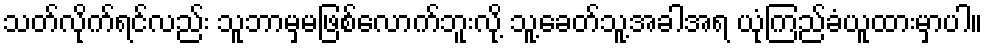
သတ်လိုက်ရင်လည်း သူဘာမှမဖြစ်လောက်ဘူးလို့ သူ့ခေတ်သူ့အခါအရ ယုံကြည်ခံယူထားမှာပါ။